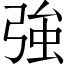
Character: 強